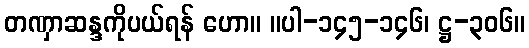
တဏှာဆန္ဒကိုပယ်ရန် ဟော။ ။ပါ-၁၄၅-၁၄၆၊ ဋ္ဌ-၃၀၆။